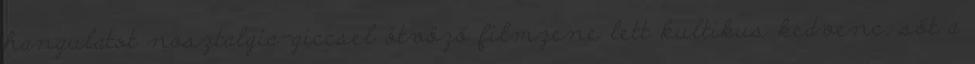
hangulatot nosztalgia-giccsel ötvöző filmzene lett kultikus kedvenc, sőt a